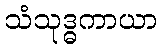
သံသုဒ္ဓကာယာ